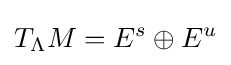
T_{\Lambda }M=E^{s}\oplus E^{u}